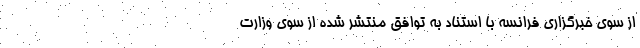
از سوی خبرگزاری فرانسه با استناد به توافق منتشر شده از سوی وزارت